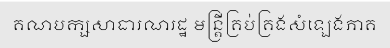
គណបក្សសាធារណរដ្ឋ មន្ត្រីគ្រប់គ្រងសំឡេងភាគ